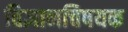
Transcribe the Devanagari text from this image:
विज्ञानचिषयक